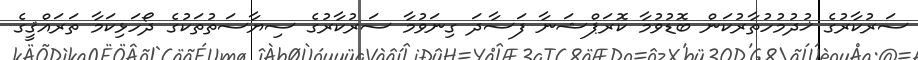
ސަރުކާރުގެ ޚުދުމުހުތާރުކަން ބޮޑުވުމާ ކޮރަޕްޝަނާ ފަސާދަ ގިނަވުމާ ސަރުކާރުގެ ސިޔާސަތުތަކުގެ ދޯހަޅިކަމާ ތަރައްޤީގެ